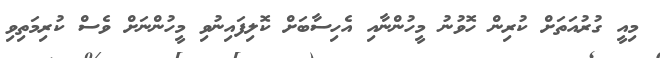
މިއީ ގުރުއަތަށް ކުރިން ހޮވުނު މީހުންނާއި އެހިސާބަށް ކޮލިފައިނުވި މީހުންނަށް ވެސް ކުރިމަތިވި